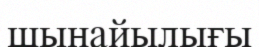
шынайылығы